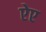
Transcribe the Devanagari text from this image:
ऐए